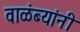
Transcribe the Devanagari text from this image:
वाळंब्यांनी